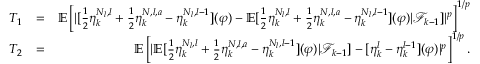
\begin{array} { r l r } { T _ { 1 } } & { = } & { \mathbb { E } \left[ | [ \frac { 1 } { 2 } \eta _ { k } ^ { N _ { l } , l } + \frac { 1 } { 2 } \eta _ { k } ^ { N , l , a } - \eta _ { k } ^ { N _ { l } , l - 1 } ] ( \varphi ) - \mathbb { E } [ \frac { 1 } { 2 } \eta _ { k } ^ { N _ { l } , l } + \frac { 1 } { 2 } \eta _ { k } ^ { N , l , a } - \eta _ { k } ^ { N _ { l } , l - 1 } ] ( \varphi ) | \mathcal { F } _ { k - 1 } ] | ^ { p } \right] ^ { 1 / p } } \\ { T _ { 2 } } & { = } & { \mathbb { E } \left[ | \mathbb { E } [ \frac { 1 } { 2 } \eta _ { k } ^ { N _ { l } , l } + \frac { 1 } { 2 } \eta _ { k } ^ { N , l , a } - \eta _ { k } ^ { N _ { l } , l - 1 } ] ( \varphi ) | \mathcal { F } _ { k - 1 } ] - [ \eta _ { k } ^ { l } - \eta _ { k } ^ { l - 1 } ] ( \varphi ) | ^ { p } \right] ^ { 1 / p } . } \end{array}